Medical and sanitary report on the native army of Bombay for the year
Year: 1877
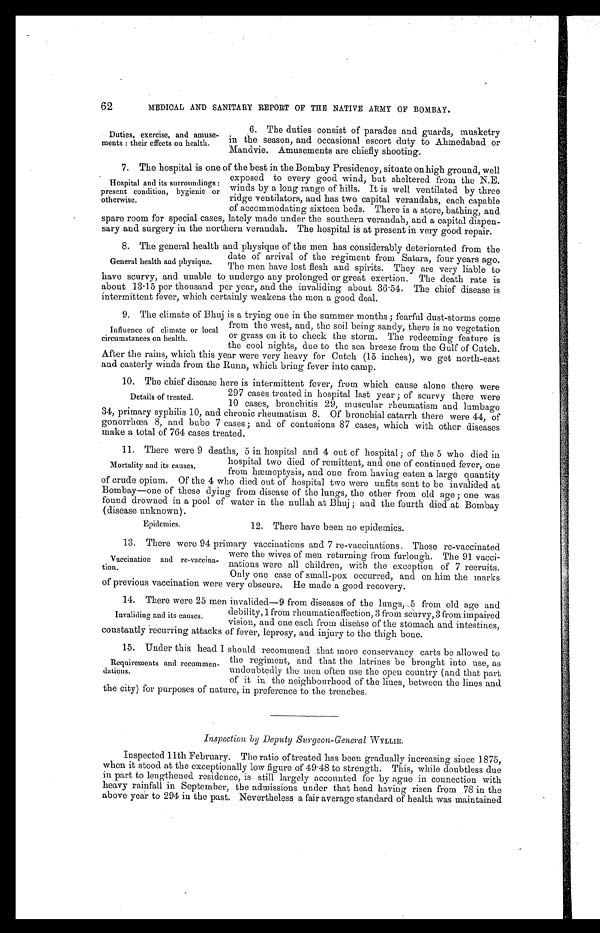
62
MEDICAL AND SANITARY REPORT OF THE NATIVE ARMY OF BOMBAY.
Duties, exercise, and amuse
-ments: their effects on health.
6. The duties consist of parades and guards, musketry
in the season, and occasional escort duty to Ahmedabad or
Mandvie. Amusements are chiefly shooting.
7. The hospital is one of the best in the Bombay Presidency, situate on high ground, well
exposed to every good wind, but sheltered from the N.E.
winds by a long range of hills. It is well ventilated by three
ridge ventilators, and has two capital verandahs, each capable
of accommodating sixteen beds. There is a store, bathing, and
spare room for special cases, lately made under the southern verandah, and a capital dispen
- s a r y a n d s u r g e r y i n t h e n o r t h e r n v e r a n d a h . T h e h o s p i t a l i s a t p r e s e n t i n v e r y g o o d r e p a i r .
8. The general health and physique of the men has considerably deteriorated from the
date of arrival of the regiment from Satara, four years ago.
The men have lost flesh and spirits. They are very liable to
have scurvy, and unable to undergo any prolonged or great exertion. The death rate is
about 13.15 per thousand per year, and the invaliding about 36.54. The chief disease is
intermittent fever, which certainly weakens the men a good deal.
9. The climate of Bhuj is a trying one in the summer months; fearful dust-storms come
from the west, and, the soil being sandy, there is no vegetation
or grass on it to check the storm. The redeeming feature is
the cool nights, due to the sea breeze from the Gulf of Cutch.
After the rains, which this year were very heavy for Catch (15 inches), we get north-east
and easterly winds from the Runn, which bring fever into camp.
10. The chief disease here is intermittent fever, from which cause alone there were
297 cases treated in hospital last year; of scurvy there were
10 cases, bronchitis 29, muscular rheumatism and lumbago
34, primary syphilis 10, and chronic rheumatism 8. Of bronchial catarrh there were 44, of
gonorrhœa 8, and bubo 7 cases; and of contusions 87 cases, which with other diseases
make a total of 764 cases treated.
11. There were 9 deaths, 5 in hospital and 4 out of hospital; of the 5 who died in
hospital two died of remittent, and one of continued fever, one
from hæmoptysis, and one from having eaten a large quantity
of crude opium. Of the 4 who died out of hospital two were unfits sent to be invalided at
Bombay—one of these dying from disease of the lungs, the other from old age; one was
found drowned in a pool of water in the nullah at Bhuj; and the fourth died at Bombay
(disease unknown).
Hospital and its surroundings:
present condition, hygienic or
otherwise.
General health and physique.
Influence of climate or local
circumstances on health.
Details of treated.
Mortality and its causes.
Epidemics.
12. There have been no epidemics.
13. There were 94 primary vaccinations and 7 re-vaccinations. Those re-vaccinated
were the wives of men returning from furlough. The 91 vacci
-nations were all children, with the exception of 7 recruits.
Only one case of small-pox occurred, and on him the marks
of previous vaccination were very obscure. He made a good recovery.
14. There were 25 men invalided—9 from diseases of the lungs, 5 from old age and
debility, 1 from rheumatic affection, 3 from scurvy, 3 from impaired
vision, and one each from disease of the stomach and intestines,
constantly recurring attacks of fever, leprosy, and injury to the thigh bone.
15. Under this head I should recommend that more conservancy carts be allowed to
the regiment, and that the latrines be brought into use, as
undoubtedly the men often use the open country (and that part
of it in the neighbourhood of the lines, between the lines and
the city) for purposes of nature, in preference to the trenches.
Inspection by Deputy Surgeon-General WYLLIE.
Inspected 11th February. The ratio of treated has been gradually increasing since 1875,
when it stood at the exceptionally low figure of 49.48 to strength. This, while doubtless due
in part to lengthened residence, is still largely accounted for by ague in connection with
heavy rainfall in September, the admissions under that head having risen from 78 in the
above year to 294 in the past. Nevertheless a fair average standard of health was maintained
Vaccination and re-vaccina
-tion.
Invaliding and its causes.
Requirements and recommen
-dations.